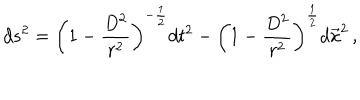
d s ^ { 2 } = \left( 1 - \frac { D ^ { 2 } } { r ^ { 2 } } \right) ^ { - \frac { 1 } { 2 } } d t ^ { 2 } - \left( 1 - \frac { D ^ { 2 } } { r ^ { 2 } } \right) ^ { \frac { 1 } { 2 } } d \vec { x } ^ { 2 } \, ,